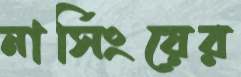
নার্সিংয়ের